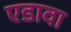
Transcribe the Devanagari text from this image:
एडावा